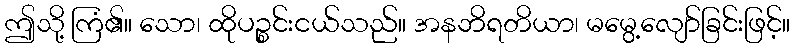
ဤသို့ ကြံ၏။ သော၊ ထိုပဉ္စင်းငယ်သည်။ အနဘိရတိယာ၊ မမွေ့လျော်ခြင်းဖြင့်။